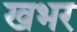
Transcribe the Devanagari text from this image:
खभर